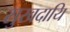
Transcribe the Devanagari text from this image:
सुखदायि